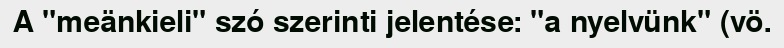
A "meänkieli" szó szerinti jelentése: "a nyelvünk" (vö.